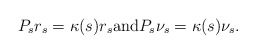
\begin{align*}P_s r_s = \kappa(s) r_s \mbox{and} P_s \nu_s = \kappa(s) \nu_s. \end{align*}